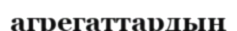
агрегаттардың